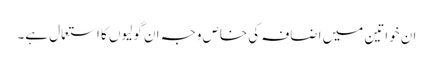
ان خواتین میں اضافہ کی خاص وجہ ان گولیوں کا استعمال ہے۔